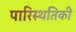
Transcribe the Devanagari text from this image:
पारिस्थतिकी